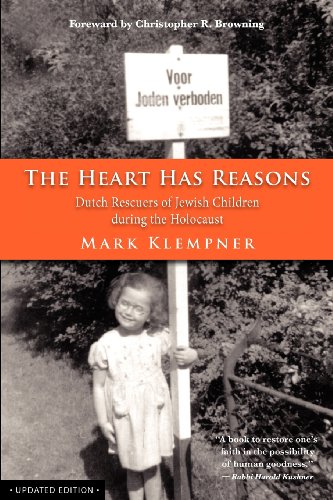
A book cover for The Heart Has Reasons: Dutch Rescuers of Jewish Children During the Holocaust; Mark Klempner; History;